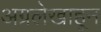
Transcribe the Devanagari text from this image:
अग्रलेखाहून